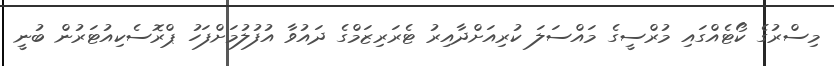
މިސްރުގެ ކޯޓެއްގައި މުރްސީގެ މައްސަލަ ކުރިއަށްދާއިރު ޓެރަރިޒަމްގެ ދައުވާ އުފުލުމަށްފަހު ޕްރޮސެކިއުޓަރުން ބުނީ